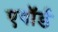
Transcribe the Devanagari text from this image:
एवॉर्ड